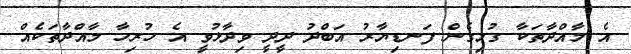
އެ މާއްދާތަކާ ގުޅިގެން ފަނޑިޔާރު އަބްދު ދީދީ ވިދާޅުވީ އެ ހުރިހާ މާއްދާތަކެއް